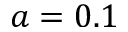
a = 0 . 1